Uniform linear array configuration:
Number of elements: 16
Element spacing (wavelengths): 0.5
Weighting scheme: kaiser
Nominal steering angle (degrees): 15
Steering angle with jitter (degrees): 16.094
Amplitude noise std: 0.05
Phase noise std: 0.05

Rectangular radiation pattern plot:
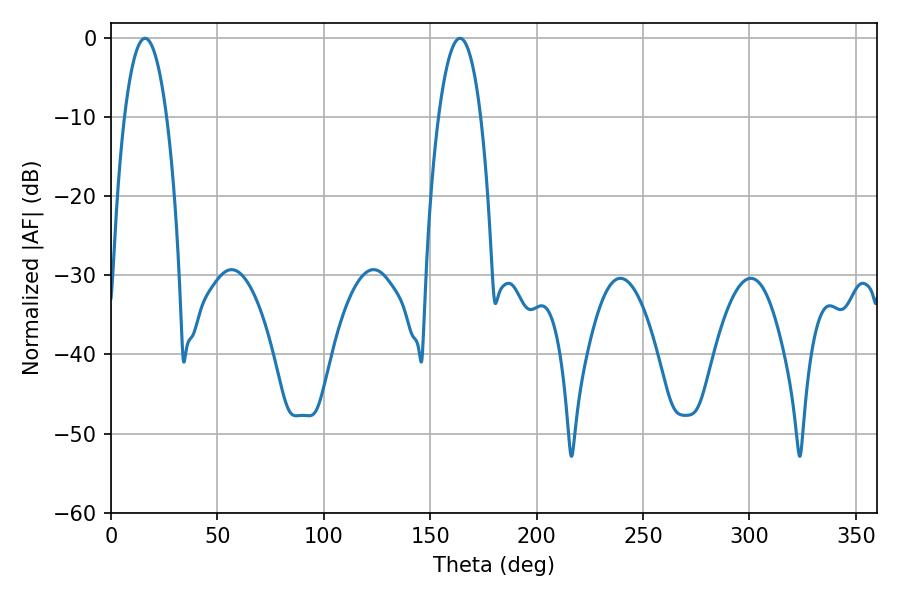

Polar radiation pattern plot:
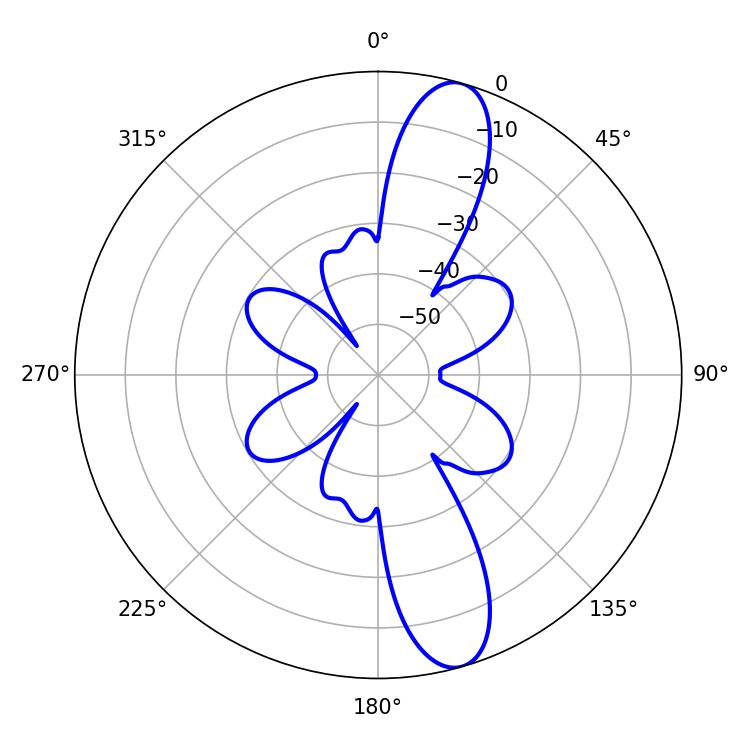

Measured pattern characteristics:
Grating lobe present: FALSE
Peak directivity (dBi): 12.452
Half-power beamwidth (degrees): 10.98
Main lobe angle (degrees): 16.02